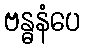
ဗန္ဓနံပေ